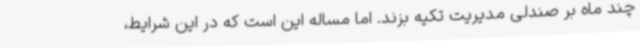
چند ماه بر صندلی مدیریت تکیه بزند. اما مساله این است که در این شرایط،